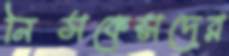
নিসকেন্সদের